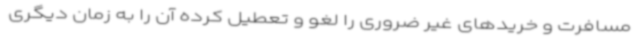
مسافرت و خریدهای غیر ضروری را لغو و تعطیل کرده آن را به زمان دیگری